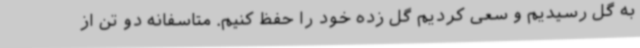
به گل رسیدیم و سعی کردیم گل زده خود را حفظ کنیم. متاسفانه دو تن از